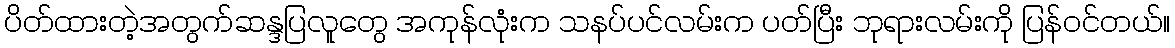
ပိတ်ထားတဲ့အတွက်ဆန္ဒပြလူတွေ အကုန်လုံးက သနပ်ပင်လမ်းက ပတ်ပြီး ဘုရားလမ်းကို ပြန်ဝင်တယ်။